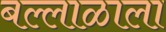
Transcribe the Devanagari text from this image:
बल्लाळाला